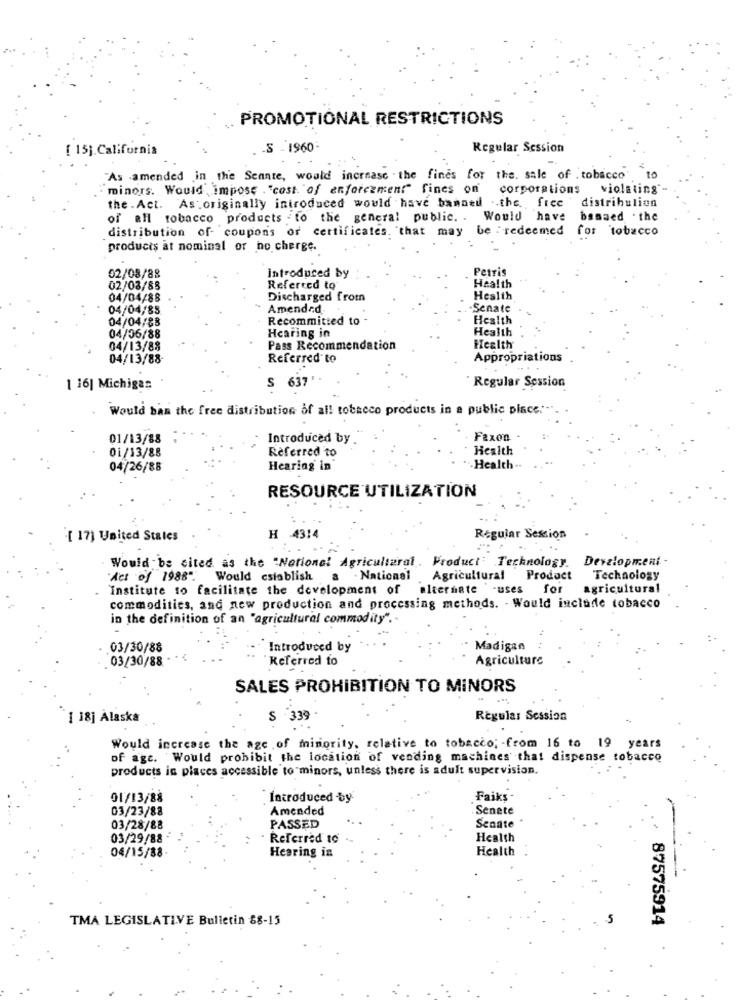
PROMOTIONAL RESTRICTIONS
[ 15]. California
-S - 1960-
Regular Session
"As amended in the Sennte, woald increase . the fines for the. sale of . tobacco"
to
minors. Would impose "cost of enforcement" fines on
corporations
violating
the . Act. As originally introduced would have bannedl .- the. free " distribution
of all tobacco products - to the general public. . Would have banaed . the
distribution of- coupons or certificates. that may be : redeemed for tobacco
products at nominal or no cherge.
Petris
02/08/88
introduced by
02/08/85
Referred to
Health
04/04/88
Discharged from
Health
04/04/85
Amended
-Senate
04/04/88
Recommitted to -
Health
04/05/88
Hcaring in
Health
04/13/88
Pass Recommendation
Health
04/13/88
Referred to
Appropriations
1 16| Michigan
S 63
Regular Session
Would ban the free distribution of all tobacco products in a public place :-
01/13/88
Introduced by
Faxon
01/13/88
Referred to
Health
04/26/88
Hearing in
-Health .
RESOURCE UTILIZATION
[ 17] United States
H 4314
Regular Session
Would be cited as the "National Agricultural. Product Technology. Development -
'Act of 1988". Would establish
a . National Agricultural
Product
Technology
Institute to facilitate the development of alternate -uses
for
agricultural
commodities, and new production and processing methods. - Would include tobacco
in the definition of an "agricultural commodity".
03/30/88
Introduced by
Madigan
03/30/88
Referred to
Agriculture
SALES PROHIBITION TO MINORS
[ 18] Alaska
S 339
Regular Session
Would increase the age of minority, relative to tobacco; - from 16 to 19 years
of age. Would prohibit the location of vending machines that dispense tobacco
products in places accessible to minors, unless there is adult supervision.
01/13/88
Introduced by
Faiks
03/23/88
Amended
.Senete
Senate
03/28/88
PASSED
03/29/88 '
· Referred to
Health
Hearing in
Health
04/15/88
TMA LEGISLATIVE Bulletin 88-15
87575914